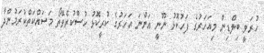
ހުރަވީ ބިލްޑިން މިއަހަރުގެ ފަހުކޮޅު ނޫނީ އަންނަ އަހަރުގެ ކުރީކޮޅު ހުސްކުރެވޭތޯ މަސައްކަތްކުރަމުންދާ